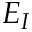
E _ { I }